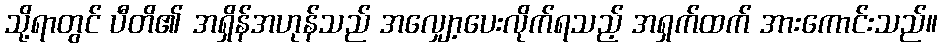
သို့ရာတွင် ပီတိ၏ အရှိန်အဟုန်သည် အလျှော့ပေးလိုက်ရသည့် အရှက်ထက် အားကောင်းသည်။